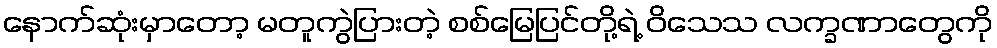
နောက်ဆုံးမှာတော့ မတူကွဲပြားတဲ့ စစ်မြေပြင်တို့ရဲ့ ဝိသေသ လက္ခဏာတွေကို